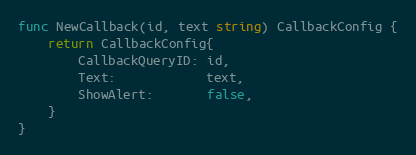
Language: Go
func NewCallback(id, text string) CallbackConfig {
	return CallbackConfig{
		CallbackQueryID: id,
		Text:            text,
		ShowAlert:       false,
	}
}